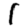
Digit: 1